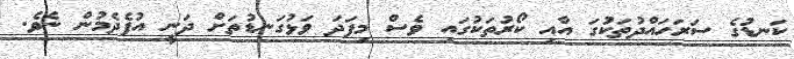
ކަނޑުގެ ސަރަހައްދުތަކުގަ އާއި ކޯރުތަކުގައި ވެސް މިފަދަ ވަޅުގަނޑުތަށް ދަނީ އުފެދެމުން ނެވެ.